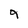
Character: 9